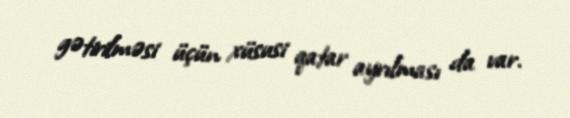
gətirilməsi üçün xüsusi qatar ayrılması da var.